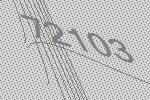
72103